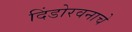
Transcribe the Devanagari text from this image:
दिंडोरवनाचे